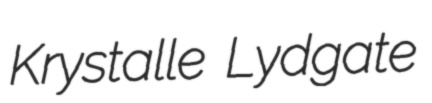
Krystalle Lydgate